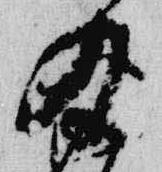
及